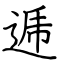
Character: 逓